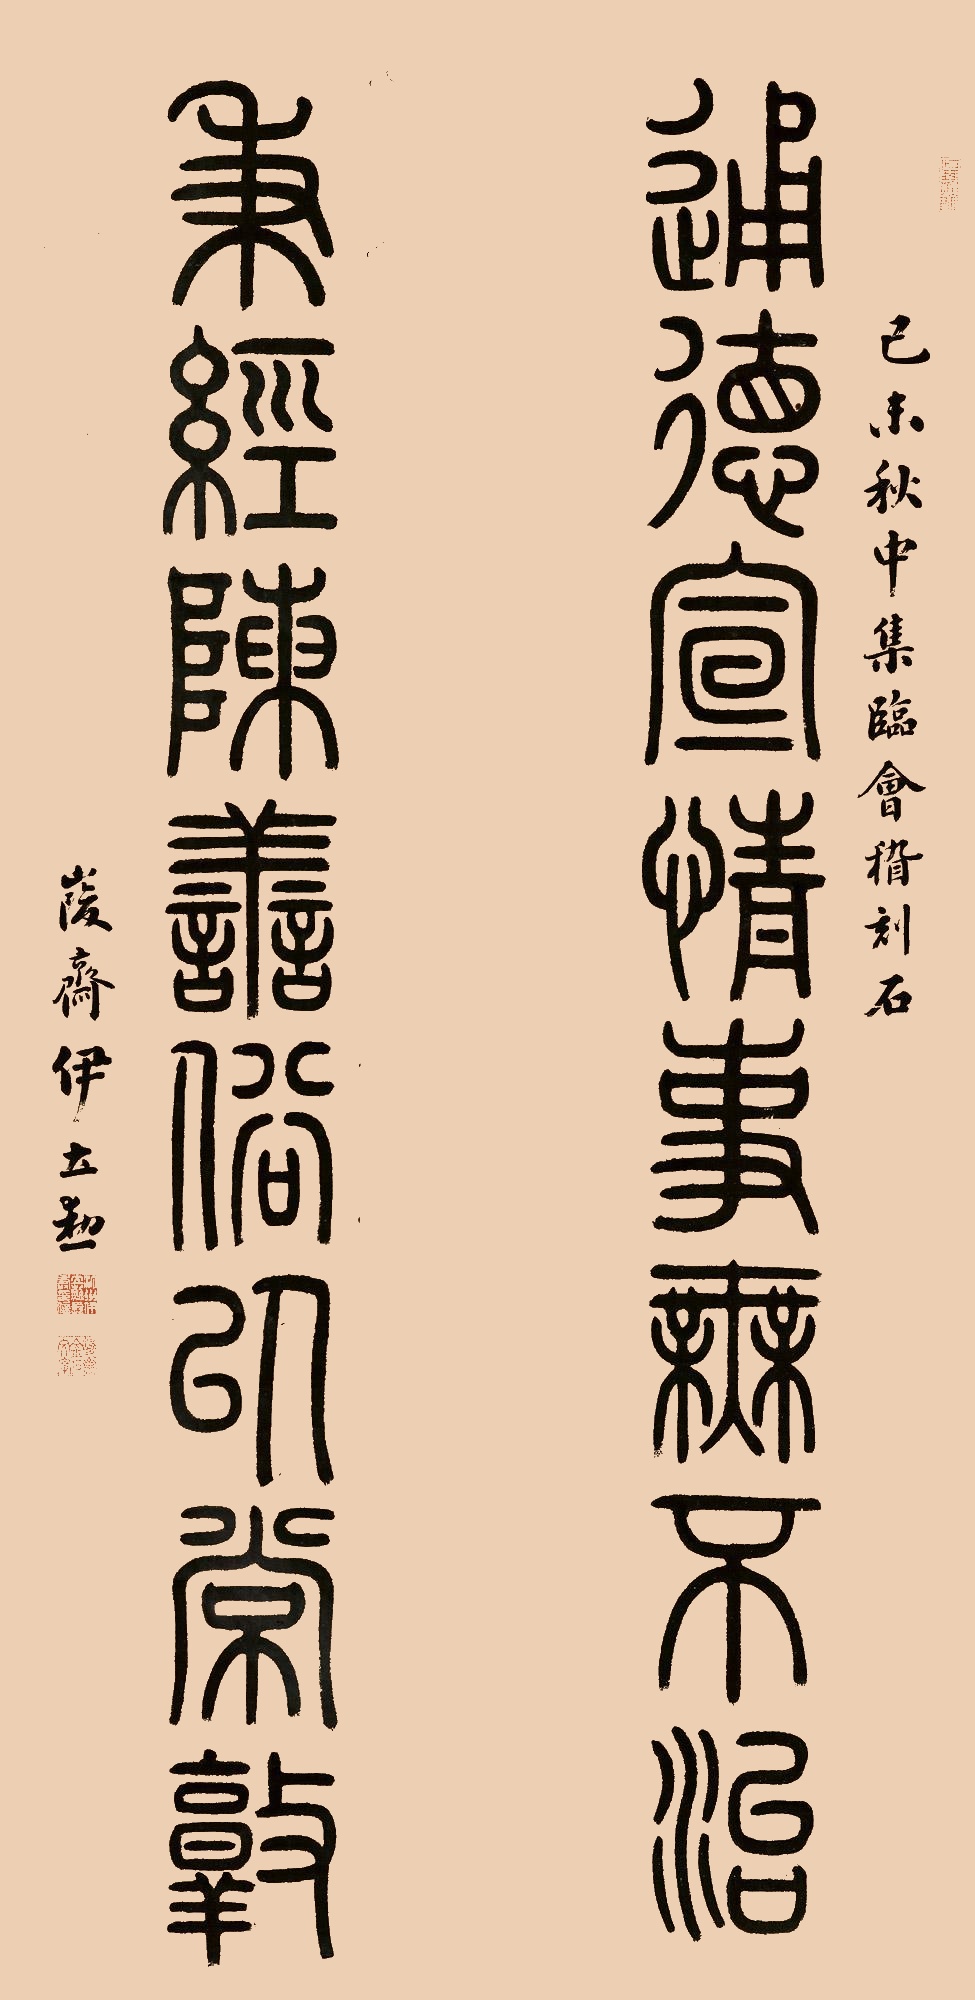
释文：通德宣情事无不治，秉经陈善俗以常敦。己未秋中，集临会稽刻石，峻斋伊立勋。